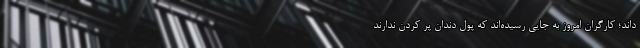
‌داند؛ کارگران امروز به جایی رسیده‌اند که پول دندان پر کردن ندارند